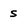
Character: s